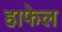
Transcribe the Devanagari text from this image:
हाफेल